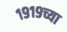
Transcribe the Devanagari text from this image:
१९१९च्या